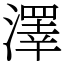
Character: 澤